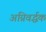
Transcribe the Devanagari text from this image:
अग्निवर्द्धक